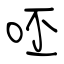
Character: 呸